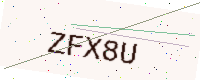
Text: ZFX8U